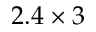
2 . 4 \times 3